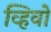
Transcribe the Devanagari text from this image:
व्हिवो